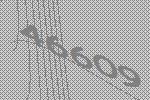
46609